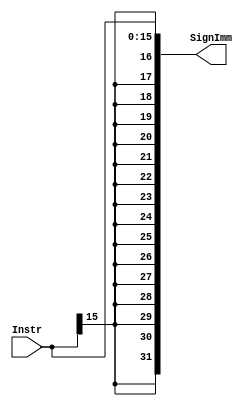
`timescale 1ns / 1ps
//////////////////////////////////////////////////////////////////////////////////
// Company: 
// Engineer: 
// 
// Design Name: 
// Module Name: Sign_Extend
// Project Name: 
// Target Devices: 
// Tool Versions: 
// Description: 
// 
// Dependencies: 
// 
// Revision:
// Revision 0.01 - File Created
// Additional Comments:
// 
//////////////////////////////////////////////////////////////////////////////////


module Sign_Extend(
    input [15:0] Instr,
    output [31:0] SignImm
    );
    
    assign SignImm = {{16{Instr[15]}},Instr[15:0]};
endmodule